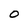
Character: 0